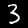
Digit: 3